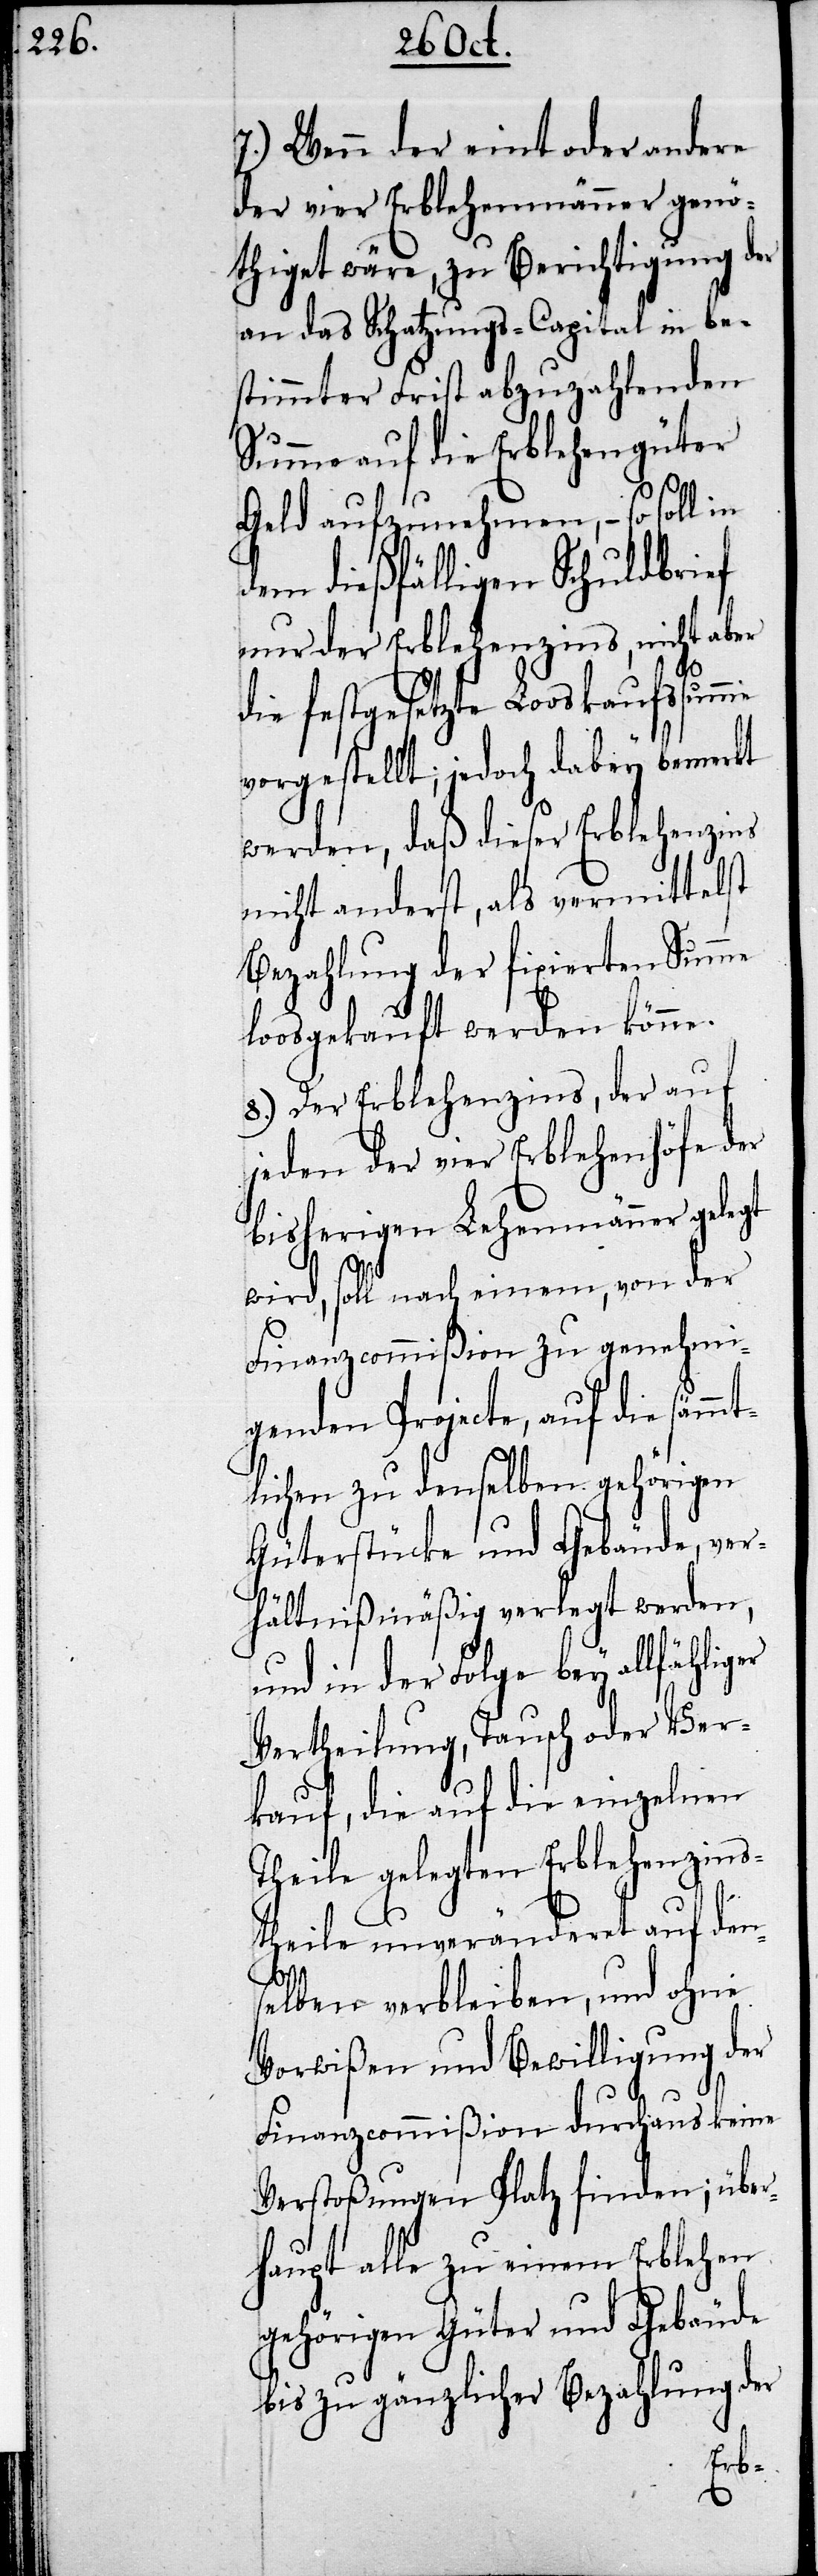
7.) Wenn der eint oder andere
der vier Erblehenmänner genö¬
thiget wäre, zu Berichtigung der
an das Schatzungs-Capital in be¬
stimmter Frist abzuzahlenden
Summe auf die Erblehengüter
me
Geld aufzunehmen, – so soll in
dem dießfälligen Schuldbrief
nur der Erblehenzins, nicht aber
die festgesetzte Looskaufssum¬
vorgestellt; jedoch dabey bemerkt
werden, daß dieser Erblehenzins
nicht anderst, als vermittelst
loosgekauft werden könne.
8.) Der Erblehenzins, der auf
jeden der vier Erblehenhöfe der
bisherigen Lehenmänner gelegt
wird, soll nach einem, von der
Finanzcommißion zu genehmi¬
genden Projecte, auf die sämmt¬
lichen zu denselben gehörigen
Güterstücke und Gebäude, ver¬
hältnißmäßig verlegt werden,
und in der Folge bey allfähli¬
Vertheilung, Tausch oder Ver¬
kauf, die auf die einzelnen
Theile gelegten Erblehenzins¬
theile unveränderet auf den¬
ger
selben verbleiben, und ohne
Vorwißen und Bewilligung der
Finanzcommißion durchaus keine
Verstoßungen Platz finden; über¬
haupt alle zu einem Erblehen
gehörigen Güter und Gebäude
bis zu gänzlicher Bezahlung der